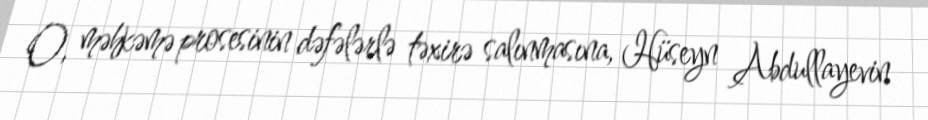
O, məhkəmə prosesinin dəfələrlə təxirə salınmasına, Hüseyn Abdullayevin